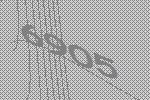
6905